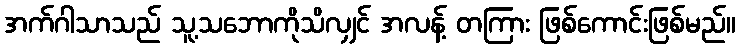
အက်ဂါသာသည် သူ့သဘောကိုသိလျှင် အလန့် တကြား ဖြစ်ကောင်းဖြစ်မည်။